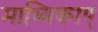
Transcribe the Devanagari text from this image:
माध्यिकाएं